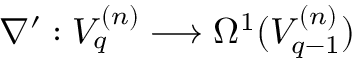
\nabla ^ { \prime } : V _ { q } ^ { ( n ) } \longrightarrow \Omega ^ { 1 } ( V _ { q - 1 } ^ { ( n ) } )